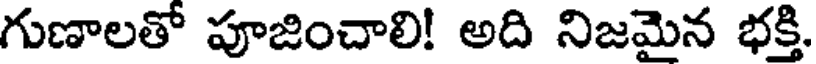
గుణాలతో పూజించాలి! అది నిజమైన భక్తి.